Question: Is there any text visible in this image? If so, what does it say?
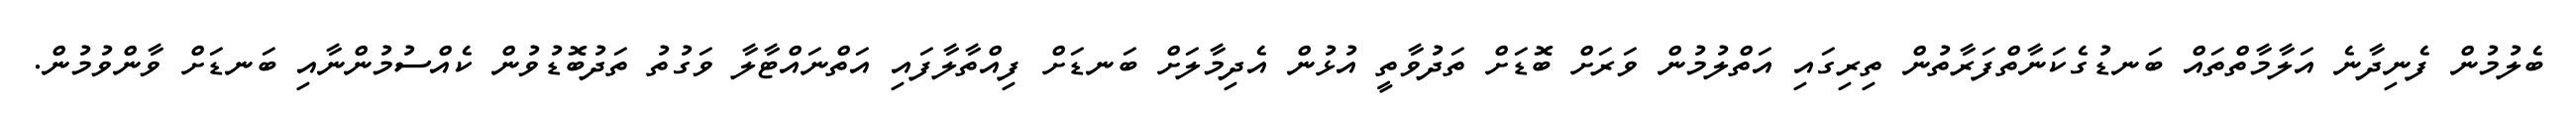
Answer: ބެލުމުން ފެނިދާނެ އަލާމާތްތައް ބަނޑުގެކަނާތްފަރާތުން ތިރިގައި އަތްލުމުން ވަރަށް ބޮޑަށް ތަދުވާތީ އުޅުން އެދިމާލަށް ބަނޑަށް ފިއްތާލާފައި އަތްނައްޓާލާ ވަގުތު ތަދުބޮޑުވުން ކެއްސުމުންނާއި ބަނޑަށް ވާންވުމުން.